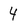
Character: 4